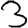
Digit: 3